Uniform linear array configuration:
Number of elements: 8
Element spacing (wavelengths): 0.25
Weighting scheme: exponential
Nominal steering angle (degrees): -15
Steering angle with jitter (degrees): -15.987
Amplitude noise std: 0.05
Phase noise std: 0.05

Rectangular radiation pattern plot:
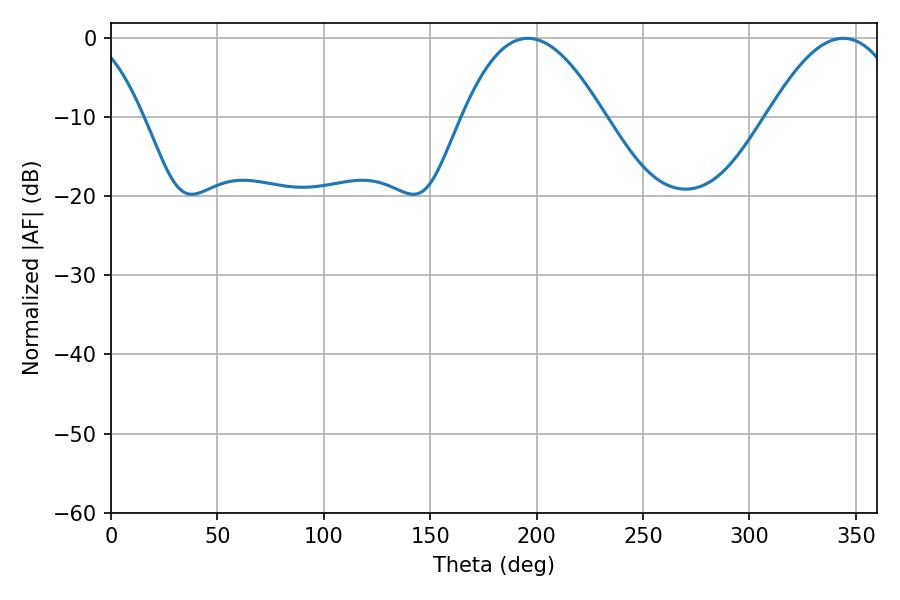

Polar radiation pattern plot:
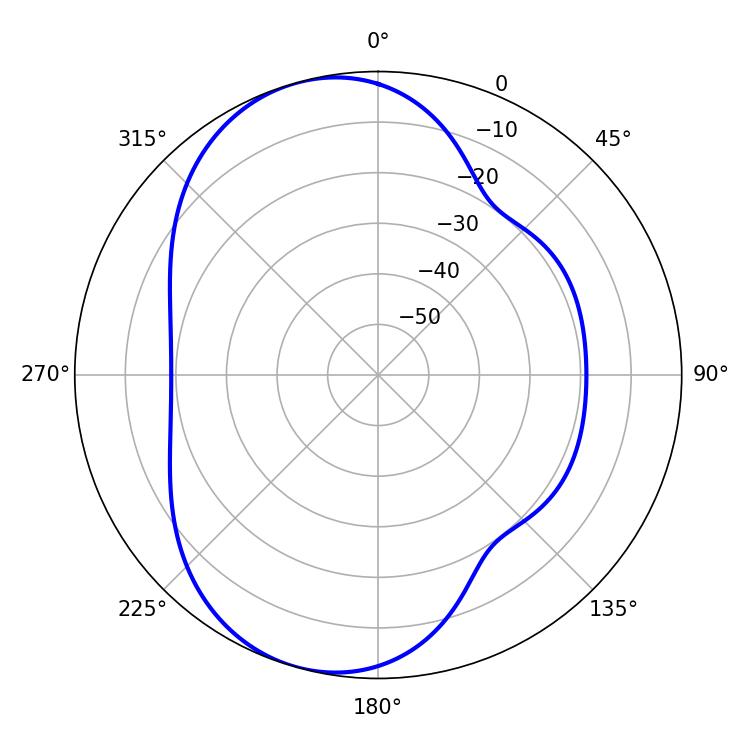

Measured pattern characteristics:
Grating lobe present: FALSE
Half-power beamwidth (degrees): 36.54
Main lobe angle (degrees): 195.84